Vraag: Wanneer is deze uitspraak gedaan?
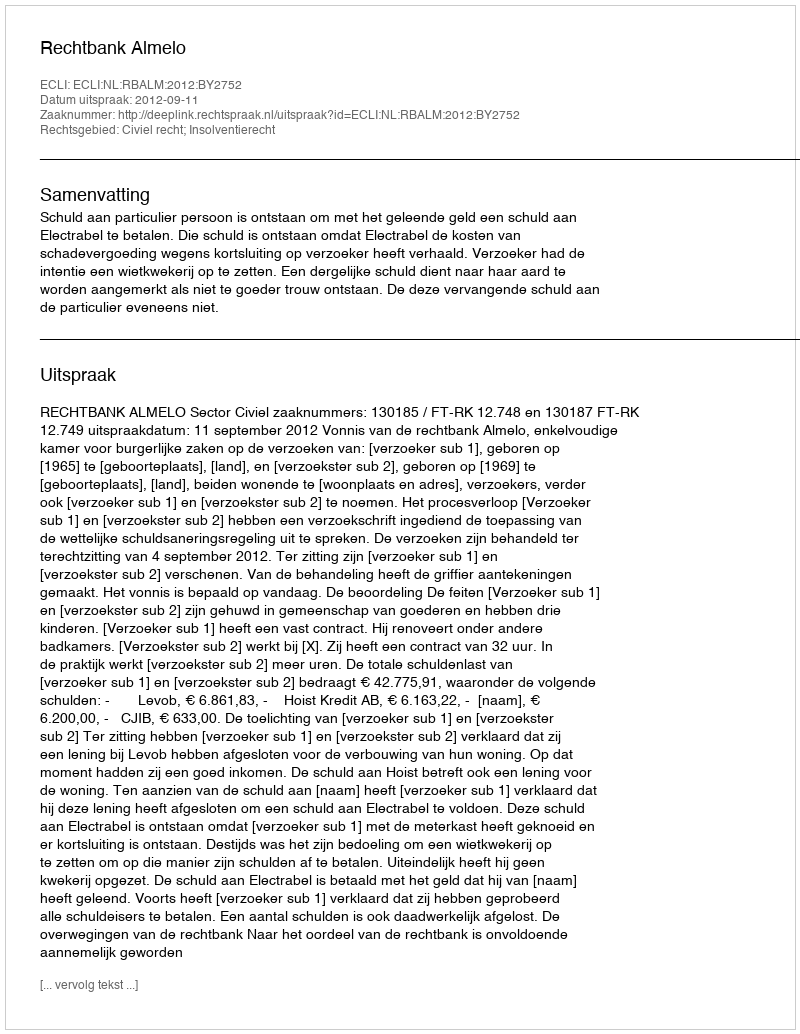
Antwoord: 2012-09-11